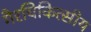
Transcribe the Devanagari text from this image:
गैरचिकित्सीय